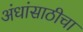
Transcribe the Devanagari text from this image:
अंधांसाठीचा